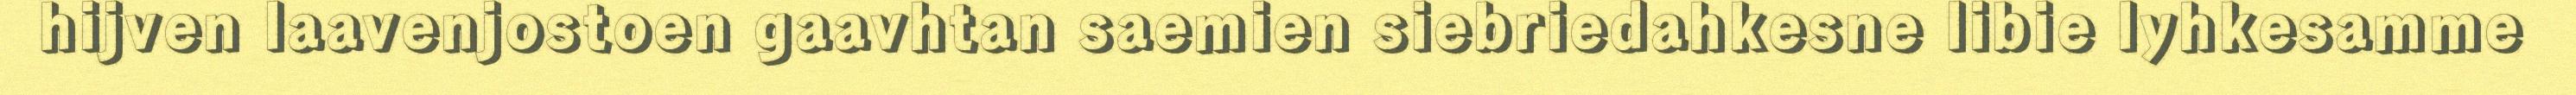
hijven laavenjostoen gaavhtan saemien siebriedahkesne libie lyhkesamme